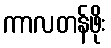
ကာလတန်ဖိုး